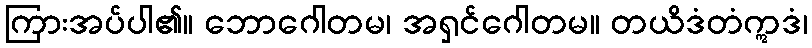
ကြားအပ်ပါ၏။ ဘောဂေါတမ၊ အရှင်ဂေါတမ။ တယိဒံတံဣဒံ၊